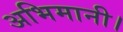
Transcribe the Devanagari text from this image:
अभिमानी।